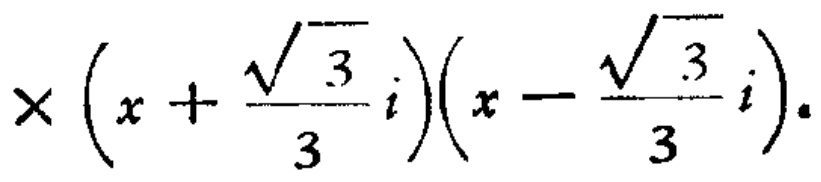
$\times \left(x+\frac{\sqrt{3}}{3}i\right)\left(x - \frac{\sqrt{3}}{3}i\right).$